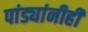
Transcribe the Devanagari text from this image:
पांड्यांनीही